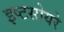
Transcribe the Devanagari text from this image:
इष्टसोयरे